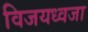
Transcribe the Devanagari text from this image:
विजयध्वजा